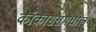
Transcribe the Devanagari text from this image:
कॉकाससमधील